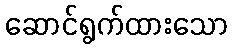
ဆောင်ရွက်ထားသော